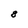
Character: 8